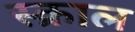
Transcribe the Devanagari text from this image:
स्क्राल